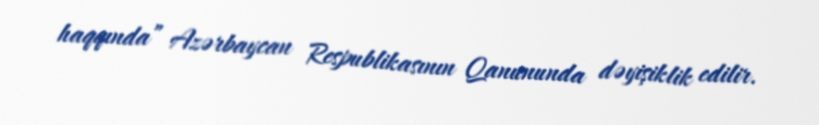
haqqında” Azərbaycan Respublikasının Qanununda dəyişiklik edilir.